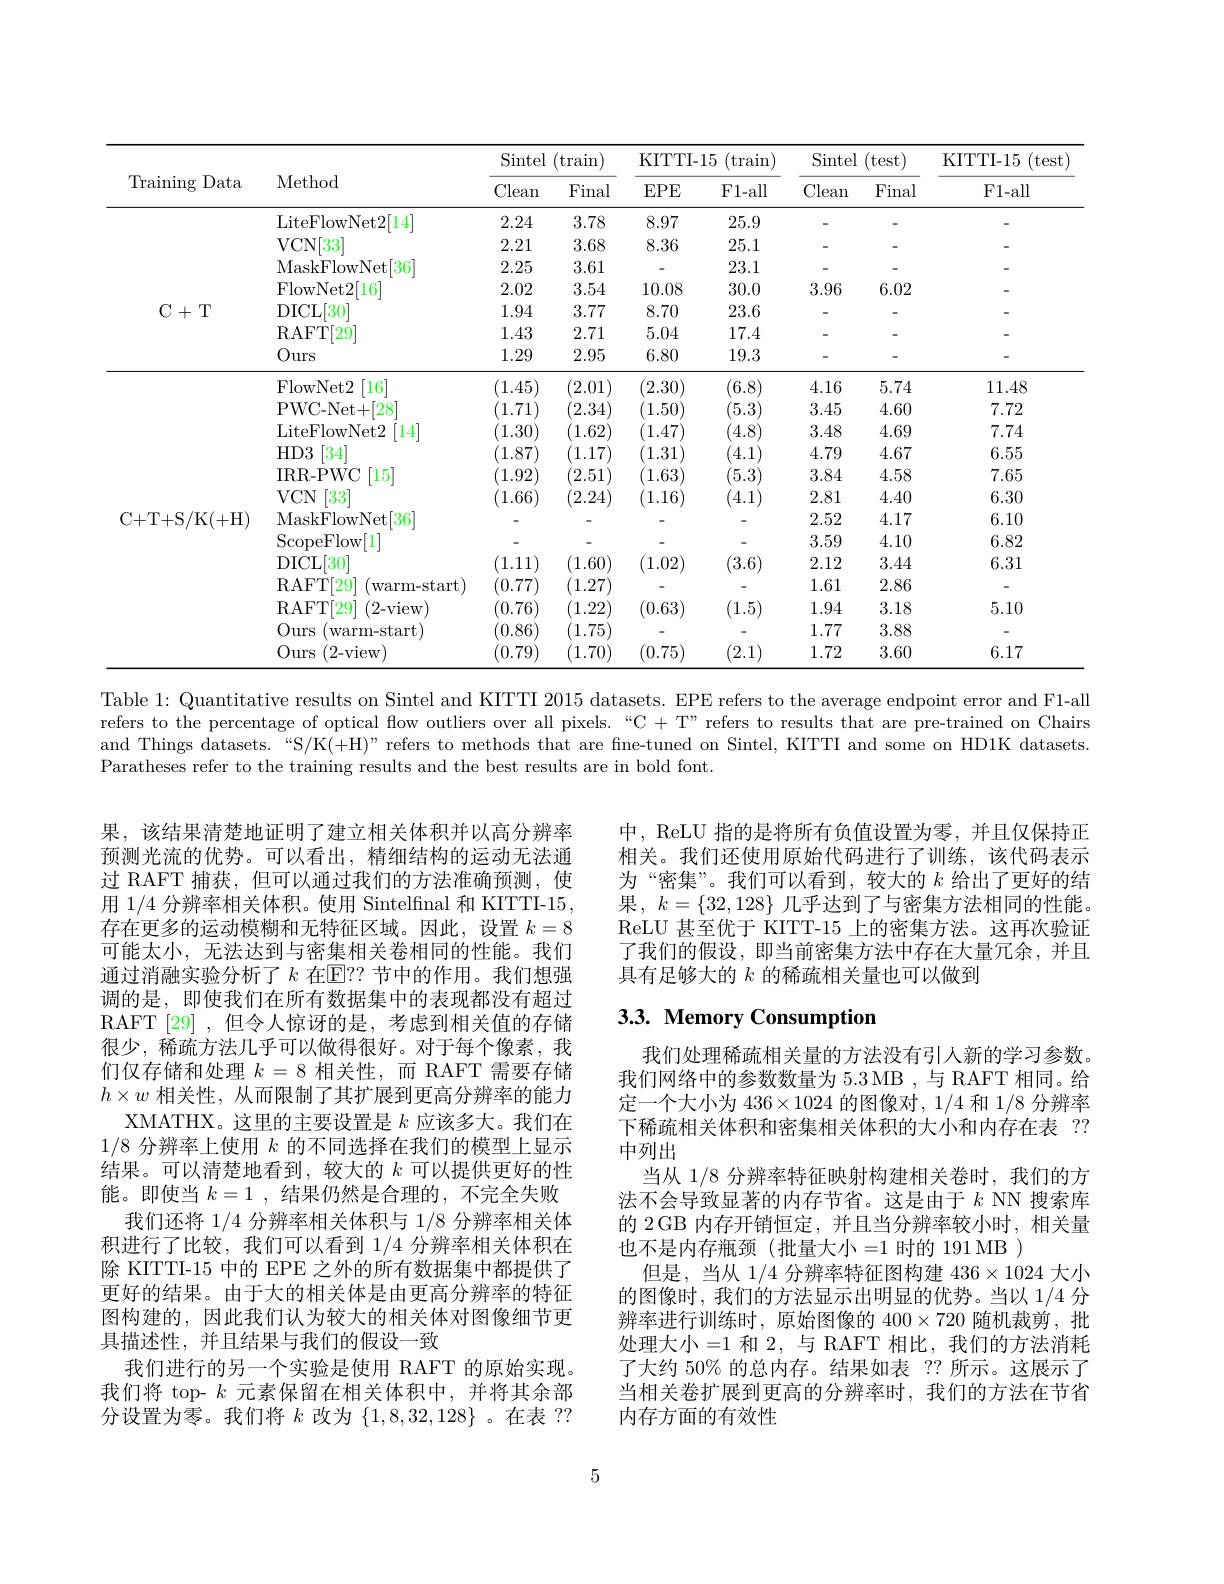
<table>
	<tbody>
		<tr>
			<th rowspan="2">$\operatorname{Training}$ Data</th>
			<th rowspan="2">Method</th>
			<th colspan="2">Sintel (train</th>
			<th colspan="2">KITTI- 15 (train</th>
			<th colspan="2">Sintel (test</th>
			<th rowspan="2">KITTI- 15 (test F1- all</th>
		</tr>
		<tr>
			<th>Clean</th>
			<th>Final</th>
			<th>$EPE$</th>
			<th>F1-all</th>
			<th>Clean</th>
			<th>Final</th>
		</tr>
		<tr>
			<td rowspan="7">$\mathbf{C}+$T</td>
			<td>LiteFlowNet2[ 14] </td>
			<td>2.24</td>
			<td>3.78</td>
			<td>8.97</td>
			<td>25.9</td>
			<td>-</td>
			<td>-</td>
			<td> </td>
		</tr>
		<tr>
			<td>VCN[ 33</td>
			<td>2.21</td>
			<td>3.68</td>
			<td>8.36</td>
			<td>25.1</td>
			<td> </td>
			<td> </td>
			<td> </td>
		</tr>
		<tr>
			<td>MaskFlowNet[ 36] </td>
			<td>2.25</td>
			<td>3.61</td>
			<td> </td>
			<td>23.1</td>
			<td> </td>
			<td> </td>
			<td> </td>
		</tr>
		<tr>
			<td>FlowNet2[ 16] </td>
			<td>2.02</td>
			<td>3.54</td>
			<td>10.08</td>
			<td>30.0</td>
			<td>3.96</td>
			<td>6.02</td>
			<td> </td>
		</tr>
		<tr>
			<td>DICL ,[30]</td>
			<td>1.94</td>
			<td>3.77</td>
			<td>8.70</td>
			<td>23.6</td>
			<td> </td>
			<td> </td>
			<td> </td>
		</tr>
		<tr>
			<td>RAFT[ 29] </td>
			<td>1.43</td>
			<td>2.71</td>
			<td>5.04</td>
			<td>17.4</td>
			<td> </td>
			<td> </td>
			<td> </td>
		</tr>
		<tr>
			<td>Ours</td>
			<td>1.29</td>
			<td>2.95</td>
			<td>6.80</td>
			<td>19.3</td>
			<td> </td>
			<td> </td>
			<td> </td>
		</tr>
		<tr>
			<td> </td>
			<td>FlowNet2 [16]</td>
			<td>(1.45</td>
			<td>2.01</td>
			<td>2.30</td>
			<td>(6.8)</td>
			<td>4.16</td>
			<td>5.74</td>
			<td>11.48</td>
		</tr>
		<tr>
			<td> </td>
			<td>PWC- Net+ $[28^{-}]$</td>
			<td>1.71</td>
			<td>2.34</td>
			<td>1.50</td>
			<td>(5.3</td>
			<td>3.45</td>
			<td>4.60</td>
			<td>7.72</td>
		</tr>
		<tr>
			<td> </td>
			<td>LiteFlowNet2 $\lceil14\rceil$</td>
			<td>1.30</td>
			<td>1.62</td>
			<td>1.47</td>
			<td>4.8</td>
			<td>3.48</td>
			<td>4.69</td>
			<td>7.74</td>
		</tr>
		<tr>
			<td> </td>
			<td>$HD3$ [34]</td>
			<td>1.87</td>
			<td>1.17</td>
			<td>1.31</td>
			<td>4.1</td>
			<td>4.79</td>
			<td>4.67</td>
			<td>6.55</td>
		</tr>
		<tr>
			<td> </td>
			<td>IRR- PWC [15]</td>
			<td>1.92</td>
			<td>2.51</td>
			<td>1.63</td>
			<td>(5.3</td>
			<td>3.84</td>
			<td>4.58</td>
			<td>7.65</td>
		</tr>
		<tr>
			<td> </td>
			<td>$VCN$ [33</td>
			<td>1.66</td>
			<td>2.24</td>
			<td>1.16</td>
			<td>4.1</td>
			<td>2.81</td>
			<td>4.40</td>
			<td>6.30</td>
		</tr>
		<tr>
			<td rowspan="7">C+ T+ S/ K( + H) </td>
			<td>MaskFlowNet[ 36] </td>
			<td> </td>
			<td> </td>
			<td> </td>
			<td> </td>
			<td>2.52</td>
			<td>4.17</td>
			<td>6.10</td>
		</tr>
		<tr>
			<td>ScopeFlow[ 1] </td>
			<td> </td>
			<td> </td>
			<td> </td>
			<td> </td>
			<td>3.59</td>
			<td>4.10</td>
			<td>6.82</td>
		</tr>
		<tr>
			<td>DICL $,[30^{\cdot}]$</td>
			<td>1.11</td>
			<td>1.60</td>
			<td>1.02</td>
			<td>(3.6)</td>
			<td>2.12</td>
			<td>3.44</td>
			<td>6.31</td>
		</tr>
		<tr>
			<td>RAFT[ 29] warm- start)</td>
			<td>$\langle0.77$</td>
			<td>1.27</td>
			<td> </td>
			<td> </td>
			<td>1.61</td>
			<td>2.86</td>
			<td> </td>
		</tr>
		<tr>
			<td>RAFT[ 29] 2{-}view</td>
			<td>(0.76</td>
			<td>1.22</td>
			<td>(0.63</td>
			<td>$(1.5^{\circ}$</td>
			<td>1.94</td>
			<td>3.18</td>
			<td>5.10</td>
		</tr>
		<tr>
			<td>Ours warm- start)</td>
			<td>$\langle0.86$</td>
			<td>1.75</td>
			<td> </td>
			<td> </td>
			<td>1.77</td>
			<td>3.88</td>
			<td> </td>
		</tr>
		<tr>
			<td>Ours (2-view</td>
			<td>(0.79</td>
			<td>1.70</td>
			<td>(0.75</td>
			<td>(2.1)</td>
			<td>1.72</td>
			<td>3.60</td>
			<td>6.17</td>
		</tr>
	</tbody>
</table>

Table 1: Quantitative results on Sintel and KITTI 2015 datasets. EPE refers to the average endpoint error and F1-all refers to the percentage of optical flow outliers over all pixels.“C + T” refers to results that are pre-trained on Chairs and Things datasets.“S/K(+H)”refers to methods that are fine-tuned on Sintel, KITTI and some on HD1K datasets. Paratheses refer to the training results and the best results are in bold font.

中，ReLU 指的是将所有负值设置为零，并且仅保持正相关。我们还使用原始代码进行了训练，该代码表示为“密集”。我们可以看到，较大的$k$给出了更好的结果果，$k= \{ 32, 128\}$ 几乎达到了与密集方法相同的性能。ReLU 甚至优于 KITT-15 上的密集方法。这再次验证了我们的假设，即当前密集方法中存在大量冗余，并且具有足够大的$k$的稀疏相关量也可以做到

# 3.3. Memory Consumption

果，该结果清楚地证明了建立相关体积并以高分辨率预测光流的优势。可以看出，精细结构的运动无法通过 RAFT 捕获，但可以通过我们的方法准确预测，使用 1/4 分辨率相关体积。使用 Sintelfinal 和 KITTI-15, 存在更多的运动模糊和无特征区域。因此，设置$k=8$ 可能太小，无法达到与密集相关卷相同的性能。我们通过消融实验分析了$k$ 在$\overline{\mathbb{E}}??$ 节中的作用。我们想强调的是，即使我们在所有数据集中的表现都没有超过RAFT[29],但令人惊讶的是，考虑到相关值的存储很少，稀疏方法几乎可以做得很好。对于每个像素，我们仅存储和处理$k=8$相关性，而 RAFT 需要存储$h\times w$相关性，从而限制了其扩展到更高分辨率的能力
XMATHX。这里的主要设置是$k$应该多大。我们在1/8分辨率上使用$k$的不同选择在我们的模型上显示结果。可以清楚地看到，较大的$k$可以提供更好的性能。即使当$k=1$,结果仍然是合理的，不完全失败
我们还将 1/4 分辨率相关体积与 1/8 分辨率相关体积进行了比较，我们可以看到 1/4 分辨率相关体积在除 KITTI-15 中的 EPE 之外的所有数据集中都提供了更好的结果。由于大的相关体是由更高分辨率的特征图构建的，因此我们认为较大的相关体对图像细节更具描述性，并且结果与我们的假设一致
我们进行的另一个实验是使用 RAFT 的原始实现。我们将 top- $k$元素保留在相关体积中，并将其余部分设置为零。我们将$k$改为$\{1,8,32,128\}$ 。在表 ??

我们处理稀疏相关量的方法没有引人新的学习参数。我们网络中的参数数量为 5.3 MB ,与 RAFT 相同。给定一个大小为$436\times1024$的图像对，1/4和1/8分辨率下稀疏相关体积和密集相关体积的大小和内存在表 ?? 中列出
当从 1/8 分辨率特征映射构建相关卷时，我们的方法不会导致显著的内存节省。这是由于$k$ NN 搜索库的 2 GB 内存开销恒定，并且当分辨率较小时，相关量也不是内存瓶颈(批量大小=1 时的 191 MB )
但是，当从1/4分辨率特征图构建$436\times1024$大小的图像时，我们的方法显示出明显的优势。当以 1/4 分辨率进行训练时，原始图像的$400\times720$随机裁剪，批处理大小=1 和 2,与 RAFT 相比，我们的方法消耗了大约 50% 的总内存。结果如表 ?? 所示。这展示了当相关卷扩展到更高的分辨率时，我们的方法在节省内存方面的有效性

5